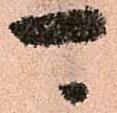
可